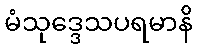
မံသုဒ္ဒေသပရမာနိ